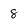
Character: 8